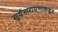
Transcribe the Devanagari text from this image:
सुर्यनारायणाकडून